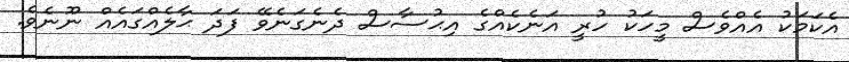
އެކަމަކު އެއްވެސް މީހަކު ހުރީ އަނެކެއްގެ އިޙުސާސް ދެނެގަނެވޭ ފަދަ ޙާލެއްގައެއް ނޫނެވެ.